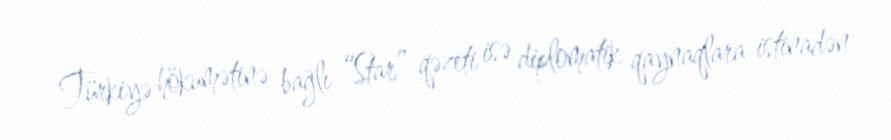
Türkiyə hökumətinə bağlı “Star” qəzeti isə diplomatik qaynaqlara istinadən